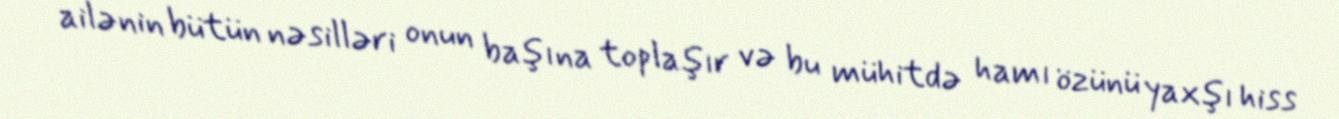
ailənin bütün nəsilləri onun başına toplaşır və bu mühitdə hamı özünü yaxşı hiss